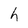
Character: h